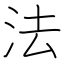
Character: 法